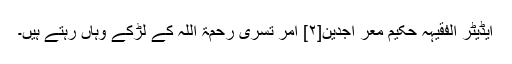
ایڈیٹر الفقیہہ حکیم معر اجدین[۲] امر تسری رحمۃ اللہ کے لڑکے وہاں رہتے ہیں۔